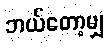
ဘယ်တော့မျှ